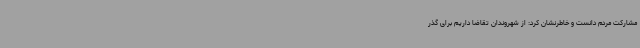
مشارکت مردم دانست و خاطرنشان کرد: از شهروندان تقاضا داریم برای گذر